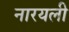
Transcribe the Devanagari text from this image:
नारयली